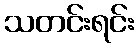
သတင်းရင်း